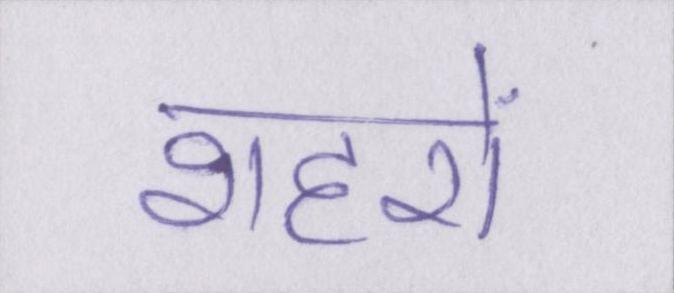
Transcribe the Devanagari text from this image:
शहरों